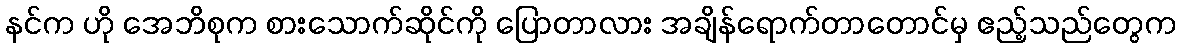
နင်က ဟို အေဘိစုက စားသောက်ဆိုင်ကို ပြောတာလား အချိန်ရောက်တာတောင်မှ ဧည့်သည်တွေက